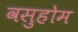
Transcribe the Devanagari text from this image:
वसुहोम